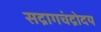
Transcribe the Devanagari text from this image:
सद्रागचंद्रोदय